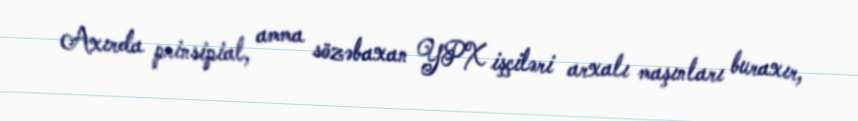
Axırda prinsipial, amma sözəbaxan YPX işçiləri arxalı maşınları buraxır,